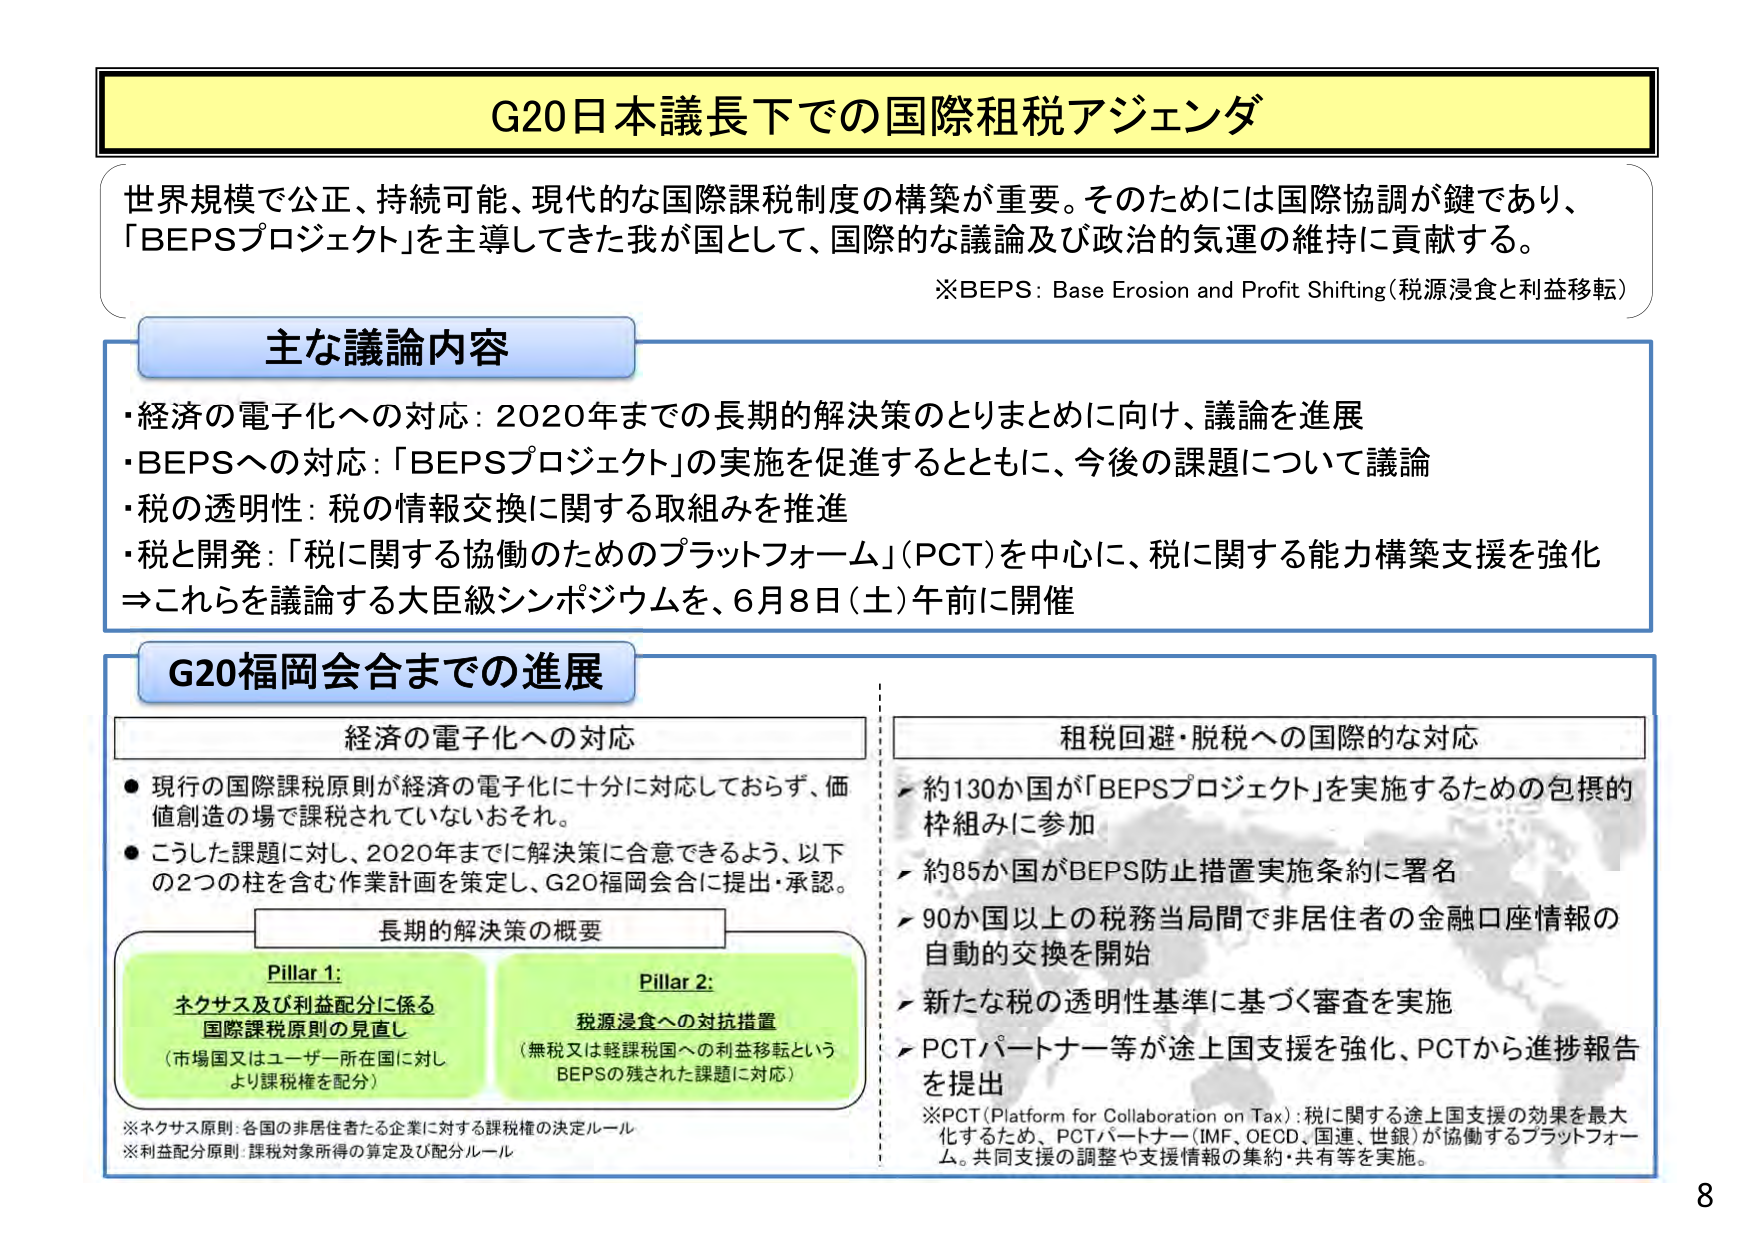
G20日本議長下での国際租税アジェンダ

世界規模で公正、持続可能、現代的な国際課税制度の構築が重要。そのためには国際協調が鍵であり、「BEPSプロジェクト」を主導してきた我が国として、国際的な議論及び政治的気運の維持に貢献する。

※BEPS: Base Erosion and Profit Shifting（税源浸食と利益移転）

主な議論内容
・経済の電子化への対応：2020年までの長期的解決策のとりまとめに向け、議論を進展
・BEPSへの対応：「BEPSプロジェクト」の実施を促進するとともに、今後の課題について議論
・税の透明性：税の情報交換に関する取組みを推進
・税と開発：「税に関する協働のためのプラットフォーム」（PCT）を中心に、税に関する能力構築支援を強化
⇒これらを議論する大臣級シンポジウムを、6月8日（土）午前に開催

G20福岡会合までの進展

経済の電子化への対応
● 現行の国際課税原則が経済の電子化に十分に対応しておらず、価値創造の場で課税されていないおそれ。
● こうした課題に対し、2020年までに解決策に合意できるよう、以下の2つの柱を含む作業計画を策定し、G20福岡会合に提出・承認。

長期的解決策の概要

Pillar 1:
ネクサス及び利益配分に係る
国際課税原則の見直し
（市場国又はユーザー所在国に対し
より課税権を配分）

Pillar 2:
税源浸食への対抗措置
（無税又は軽課税国への利益移転という
BEPSの残された課題に対応）

※ネクサス原則：各国の非居住者たる企業に対する課税権の決定ルール
※利益配分原則：課税対象所得の算定及び配分ルール

租税回避・脱税への国際的な対応
・約130か国が「BEPSプロジェクト」を実施するための包摂的枠組みに参加
・約85か国がBEPS防止措置実施条約に署名
・90か国以上の税務当局間で非居住者の金融口座情報の自動的交換を開始
・新たな税の透明性基準に基づく審査を実施
・PCTパートナー等が途上国支援を強化、PCTから進捗報告を提出

※PCT（Platform for Collaboration on Tax）：税に関する途上国支援の効果を最大化するため、PCTパートナー（IMF、OECD、国連、世銀）が協働するプラットフォーム。共同支援の調整や支援情報の集約・共有等を実施。

8